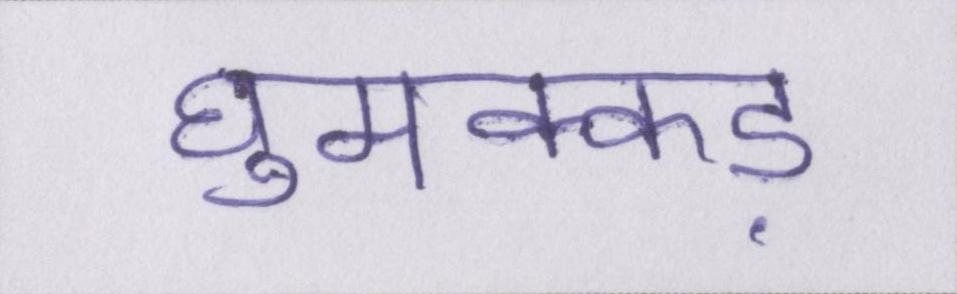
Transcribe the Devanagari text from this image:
घुमक्कड़